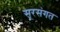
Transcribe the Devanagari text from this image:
सूरसंगत